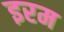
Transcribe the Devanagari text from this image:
इरम